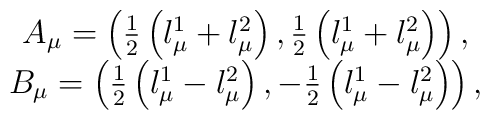
\begin{array}{c}A_\mu =\left( \frac 12\left( l_\mu ^1+l_\mu ^2\right) ,\frac 12\left( l_\mu^1+l_\mu ^2\right) \right) , \\B_\mu =\left( \frac 12\left( l_\mu ^1-l_\mu ^2\right) ,-\frac 12\left( l_\mu^1-l_\mu ^2\right) \right) ,\end{array}